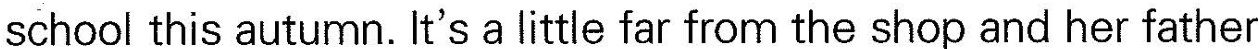
school this autumn. It's a little far from the shop and her father